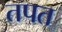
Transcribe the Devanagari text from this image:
तपत